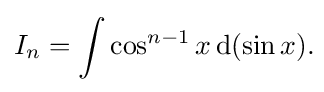
I_{n}=\int \cos ^{n-1}x\,{\text{d}}(\sin x).\!